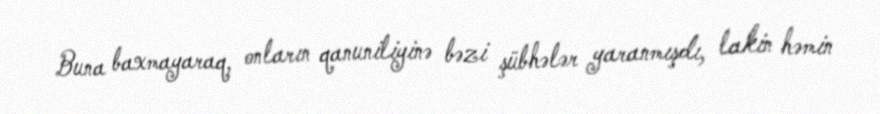
Buna baxmayaraq, onların qanuniliyinə bəzi şübhələr yaranmışdı, lakin həmin